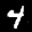
Label: 4